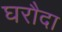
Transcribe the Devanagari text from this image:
घरौदा